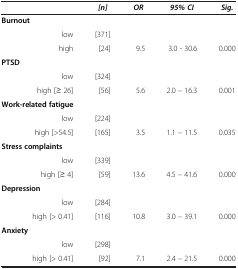
|  | [n] | OR | 95% CI | Sig. |
 | --- | --- | --- | --- | --- |
 | Burnout |  |  |  |  |
 | low | [371] |  |  |  |
 | high | [24] | 9.5 | 3.0 - 30.6 | 0.000 |
 | PTSD |  |  |  |  |
 | low | [324] |  |  |  |
 | high [≥ 26] | [56] | 5.6 | 2.0 – 16.3 | 0.001 |
 | Work-related fatigue |  |  |  |  |
 | low | [224] |  |  |  |
 | high [>54.5] | [165] | 3.5 | 1.1 – 11.5 | 0.035 |
 | Stress complaints |  |  |  |  |
 | low | [339] |  |  |  |
 | high [≥ 4] | [59] | 13.6 | 4.5 – 41.6 | 0.000 |
 | Depression |  |  |  |  |
 | low | [284] |  |  |  |
 | high [> 0.41] | [116] | 10.8 | 3.0 – 39.1 | 0.000 |
 | Anxiety |  |  |  |  |
 | low | [298] |  |  |  |
 | high [> 0.41] | [92] | 7.1 | 2.4 – 21.5 | 0.000 |